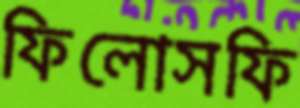
ফিলোসফি